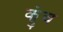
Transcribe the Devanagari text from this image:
क्रुंच